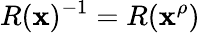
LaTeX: R(\mathbf{x})^{-1}=R(\mathbf{x}^{\rho})